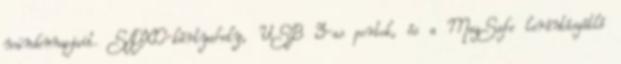
mindennapjait. SDXC-kártyahely, USB 3-as portok, és a MagSafe lerántásgátló